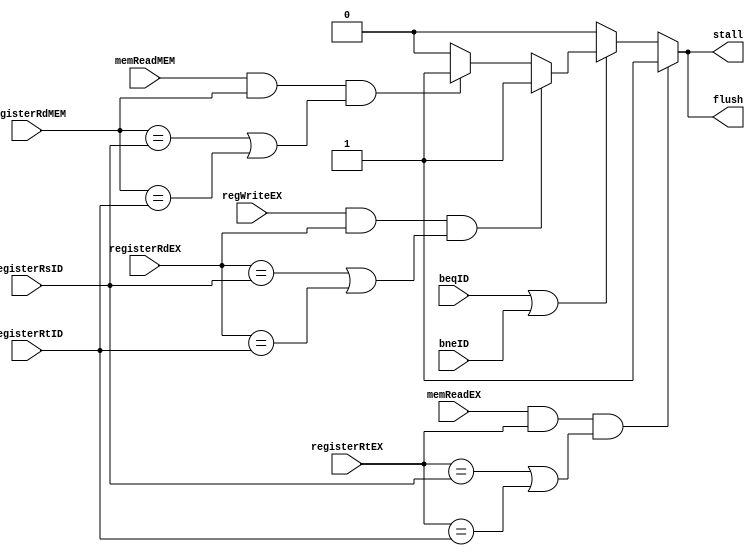
`ifndef MODULE_HAZARDDETECTION
`define MODULE_HAZARDDETECTION
`timescale 1ns / 1ps
//////////////////////////////////////////////////////////////////////////////////
// Company: 
// Engineer: 
// 
// Design Name: 
// Module Name: harzarDetection
// Project Name: 
// Target Devices: 
// Tool Versions: 
// Description: 
// 
// Dependencies: 
// 
// Revision:
// Revision 0.01 - File Created
// Additional Comments:
// 
//////////////////////////////////////////////////////////////////////////////////


module hazardDetection (beqID, bneID, memReadEX, regWriteEX, memReadMEM, registerRsID, registerRtID, registerRtEX, registerRdEX, registerRdMEM, stall, flush);
    input beqID,
          bneID,
          memReadEX,
          regWriteEX,
          memReadMEM;
    input [4:0] registerRsID,
                registerRtID,
                registerRtEX,
                registerRdEX,
                registerRdMEM;
    output reg stall,
                flush;
    initial begin
        stall = 1'b0;
        flush = 1'b0;
    end

    always @ ( * ) begin
        if (memReadEX && registerRtEX && (registerRtEX == registerRsID || registerRtEX == registerRtID)) begin
            stall = 1'b1;
            flush = 1'b1;
        end else if (beqID || bneID) begin
            if (regWriteEX && registerRdEX && (registerRdEX == registerRsID || registerRdEX == registerRtID)) begin
                stall = 1'b1;
                flush = 1'b1;
            end else if (memReadMEM && registerRdMEM && (registerRdMEM == registerRsID || registerRdMEM == registerRtID)) begin
                stall = 1'b1;
                flush = 1'b1;
            end else begin
                stall = 1'b0;
                flush = 1'b0;
            end
        end else begin
            stall = 1'b0;
            flush = 1'b0;
        end
    end

endmodule

`endif